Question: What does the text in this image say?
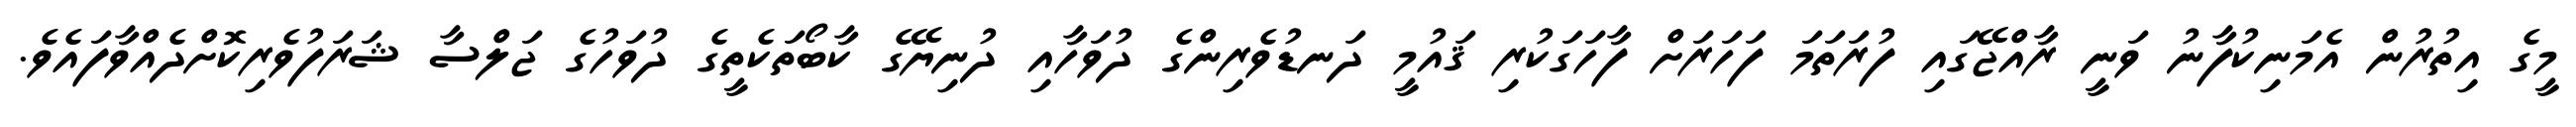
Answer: މީގެ އިތުރުން އެމަނިކުފާނު ވަނީ ރާއްޖޭގައި ފުރަތަމަ ފަހަރަށް ފާހަގަކުރި ޤައުމީ ދަނޑުވެރިންގެ ދުވަހާއި ދުނިޔޭގެ ކާބޯތަކެތީގެ ދުވަހުގެ ޖަލްސާ ޝަރަފުވެރިކޮށްދެއްވާފައެވެ.